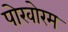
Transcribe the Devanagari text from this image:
पोरवोरम